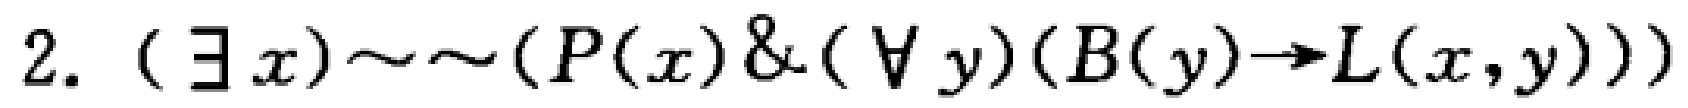
$2. \ (\exists x)\sim\sim(P(x)\&(\forall y)(B(y)\to L(x,y)))$